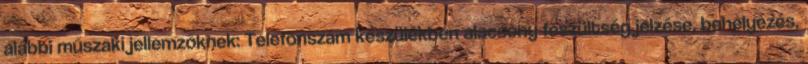
alábbi műszaki jellemzőknek: Telefonszám készülékben alacsony feszültség jelzése, behelyezés,